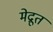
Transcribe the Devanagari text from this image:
मेद्रूत